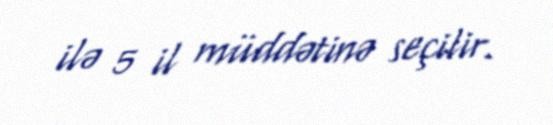
ilə 5 il müddətinə seçilir.